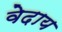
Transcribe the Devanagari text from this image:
वेदाय